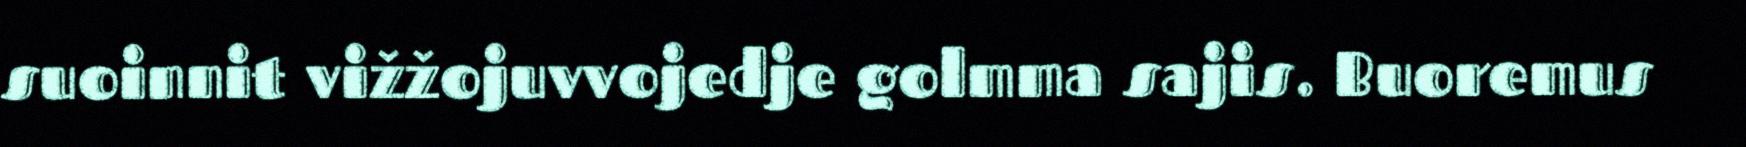
suoinnit vižžojuvvojedje golmma sajis. Buoremus